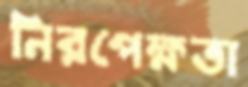
নিরপেক্ষতা